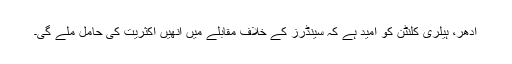
ادھر، ہیلری کلنٹن کو امید ہے کہ سینڈرز کے خلاف مقابلے میں اُنھیں اکثریت کی حامل ملے گی۔